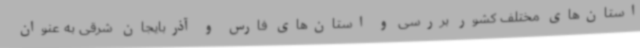
استان‌های مختلف کشور بررسی و استان‌های فارس و آذربایجان شرقی به عنوان